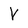
Character: V